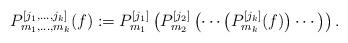
LaTeX: \begin{align*}P_{m_1,\ldots,m_k}^{[j_1,\ldots,j_k]}(f):=P_{m_1}^{[j_1]}\left(P_{m_2}^{[j_2]}\left(\cdots\left(P_{m_k}^{[j_k]}(f)\right)\cdots\right)\right). \end{align*}